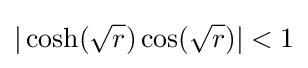
|\cosh({\sqrt {r}})\cos({\sqrt {r}})|<1